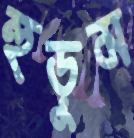
হুড়ুম